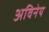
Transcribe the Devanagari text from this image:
अविनेय